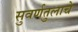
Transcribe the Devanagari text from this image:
सुवर्णतुलाचे